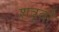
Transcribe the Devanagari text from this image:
शत्रूवों